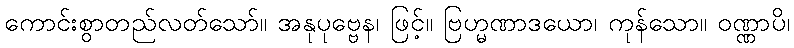
ကောင်းစွာတည်လတ်သော်။ အနုပုဗ္ဗေန၊ ဖြင့်။ ဗြဟ္မဏာဒယော၊ ကုန်သော။ ဝဏ္ဏာပိ၊